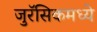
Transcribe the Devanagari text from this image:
जुरॅसिकमध्ये